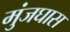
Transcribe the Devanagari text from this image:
मुंजघास